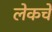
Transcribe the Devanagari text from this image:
लेकचे